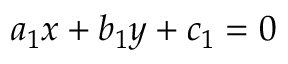
a _ { 1 } x + b _ { 1 } y + c _ { 1 } = 0